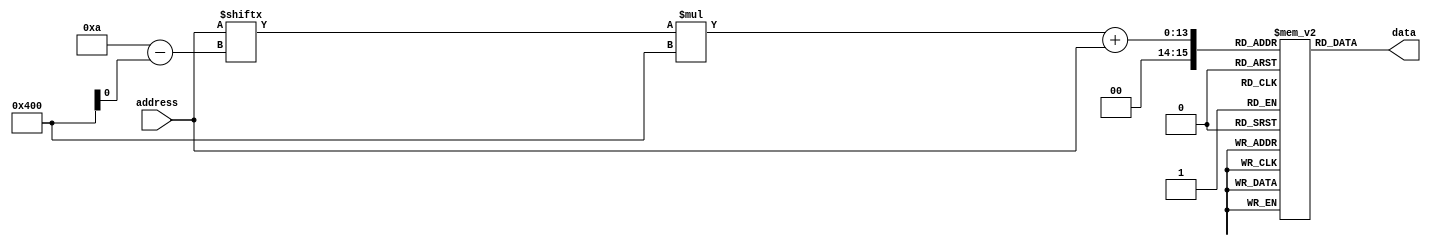
module MaskProgrammedROM(
    input wire [N_ADDR_BITS-1:0] address,
    output reg [N_DATA_BITS-1:0] data
);

parameter N_ADDR_BITS = 10; // Number of address bits
parameter N_DATA_BITS = 8; // Number of data bits
parameter N_MEMORY_BLOCKS = 64; // Number of memory blocks

reg [N_DATA_BITS-1:0] memory[N_MEMORY_BLOCKS-1:0][2**N_ADDR_BITS-1:0];

// Data values stored in the memory blocks (example values)
initial begin
    memory[0][0] = 8'hAA;
    memory[0][1] = 8'hBB;
    // Add more data values for other memory blocks as needed
end

always @* begin
    data = memory[address[N_ADDR_BITS-1:N_ADDR_BITS-N_MEM_BLOCK_BITS]][address[N_ADDR_BITS-N_MEM_BLOCK_BITS-1:0]];
end

endmodule